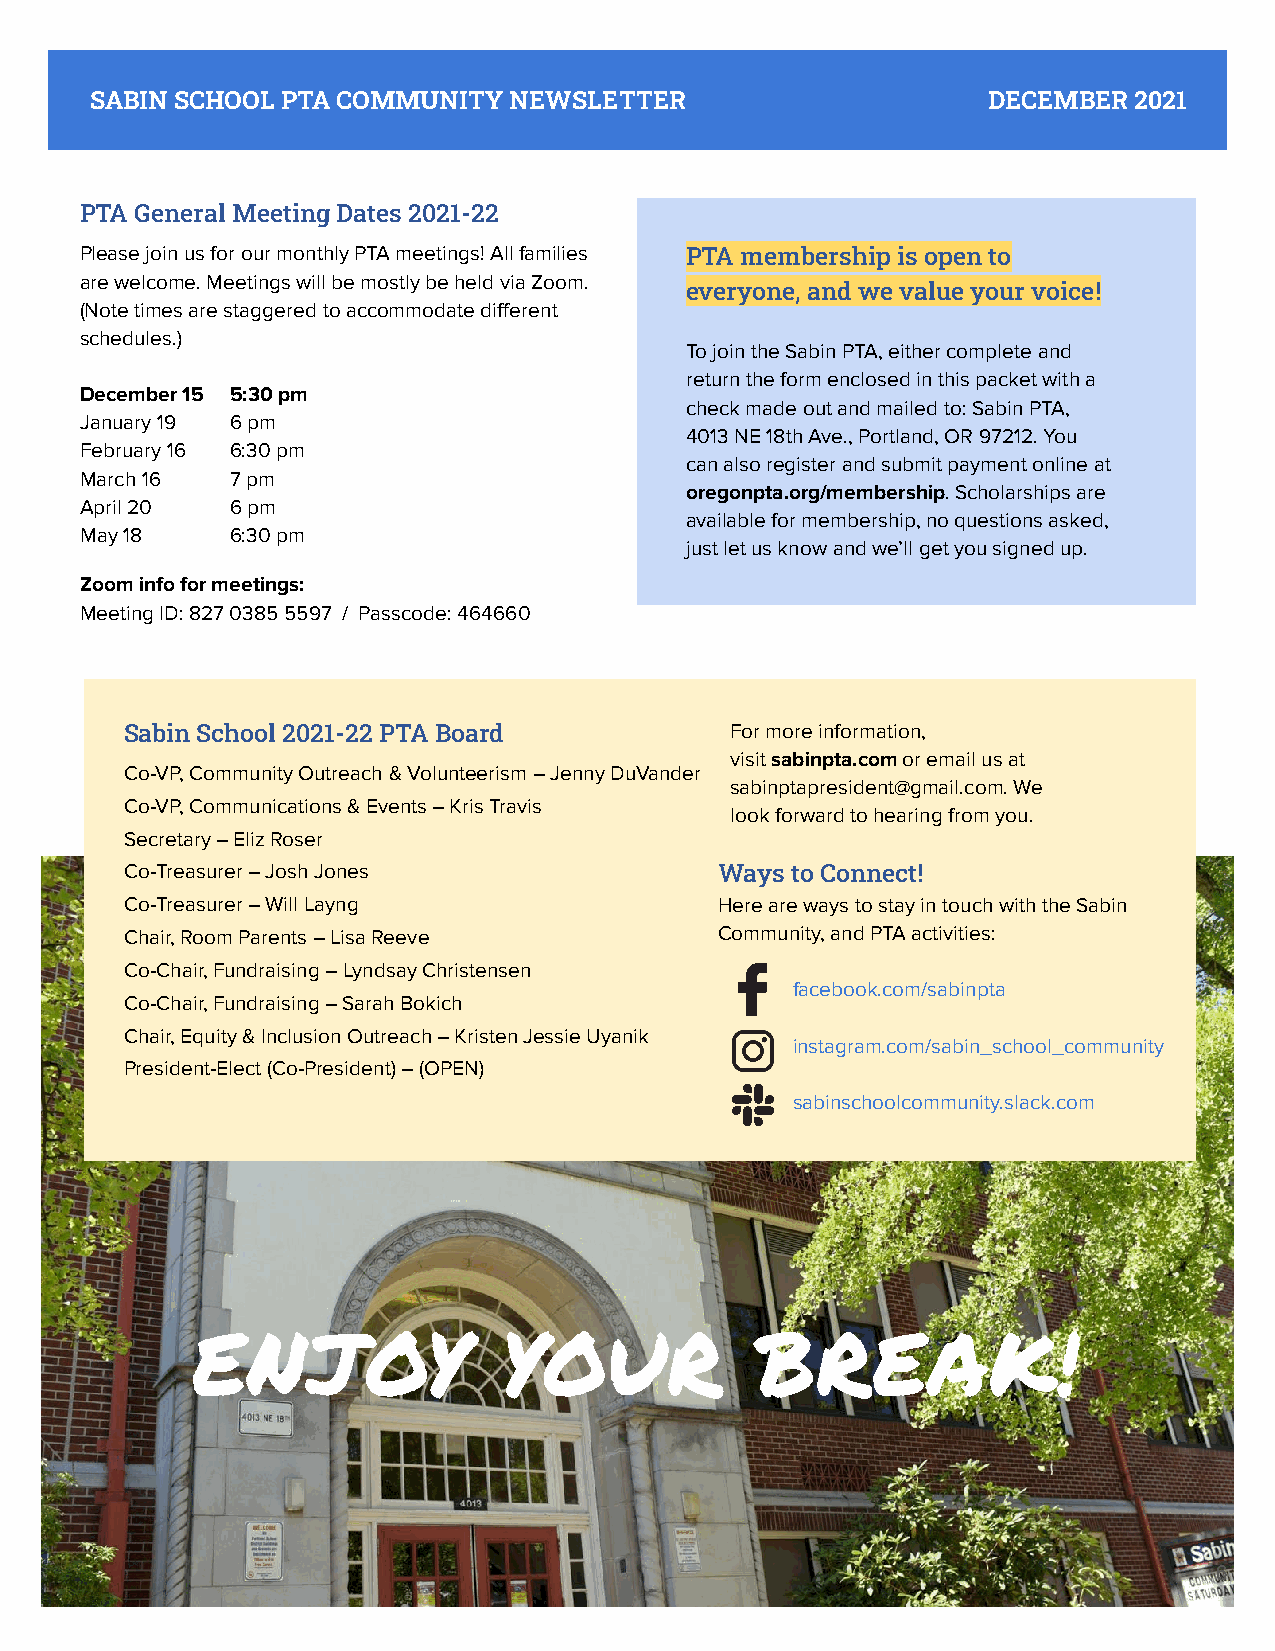
SABIN SCHOOL PTA COMMUNITY  NEWSLETTER                     DECEMBER  2021
 PTA General Meeting Dates 2021-22
 Please join us for our monthly PTA meetings! All families PTA membership is open to
 are welcome. Meetings will be mostly be held via Zoom.
 everyone, and we value your voice!
 (Note times are staggered to accommodate different
 schedules.)
 To join the Sabin PTA, either complete and
 return the form enclosed in this packet with a
 December 15 5:30 pm
 check made out and mailed to: Sabin PTA,
 January 19 6 pm
 4013 NE 18th Ave., Portland, OR 97212. You
 February 16 6:30 pm
 can also register and submit payment online at
 March 16  7 pm
 oregonpta.org/membership. Scholarships are
 April 20  6 pm
 available for membership, no questions asked,
 May 18    6:30 pm
 just let us know and we’ll get you signed up.
 Zoom info for meetings:
 Meeting ID: 827 0385 5597 / Passcode: 464660
 Sabin School 2021-22 PTA Board          For more information,
 visit sabinpta.com or email us at
 Co-VP, Community Outreach & Volunteerism – Jenny DuVander
 sabinptapresident@gmail.com. We
 Co-VP, Communications & Events – Kris Travis
 look forward to hearing from you.
 Secretary – Eliz Roser
 Co-Treasurer – Josh Jones               Ways to Connect!
 Co-Treasurer – Will Layng               Here are ways to stay in touch with the Sabin
 Chair, Room Parents – Lisa Reeve        Community, and PTA activities:
 Co-Chair, Fundraising – Lyndsay Christensen
 facebook.com/sabinpta
 Co-Chair, Fundraising – Sarah Bokich
 Chair, Equity & Inclusion Outreach – Kristen Jessie Uyanik
 instagram.com/sabin_school_community
 President-Elect (Co-President) – (OPEN)
 sabinschoolcommunity.slack.com
 ENJOY               YOUR             BREAK!
 6